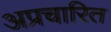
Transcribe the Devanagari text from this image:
अप्रचारित